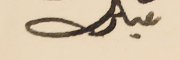
مبارك